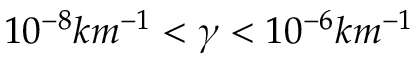
1 0 ^ { - 8 } k m ^ { - 1 } < \gamma < 1 0 ^ { - 6 } k m ^ { - 1 }